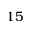
1 5